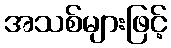
အသစ်များဖြင့်